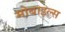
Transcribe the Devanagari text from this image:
मोबाइल्स